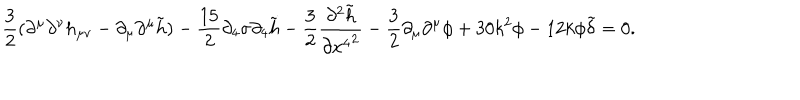
\frac { 3 } { 2 } ( \partial ^ { \mu } \partial ^ { \nu } h _ { \mu \nu } - \partial _ { \mu } \partial ^ { \mu } \tilde { h } ) - \frac { 1 5 } { 2 } \partial _ { 4 } \sigma \partial _ { 4 } \tilde { h } - \frac { 3 } { 2 } \frac { \partial ^ { 2 } \tilde { h } } { \partial { x ^ { 4 } } ^ { 2 } } - \frac { 3 } { 2 } \partial _ { \mu } \partial ^ { \mu } \phi + 3 0 k ^ { 2 } \phi - 1 2 k \phi \tilde { \delta } = 0 .